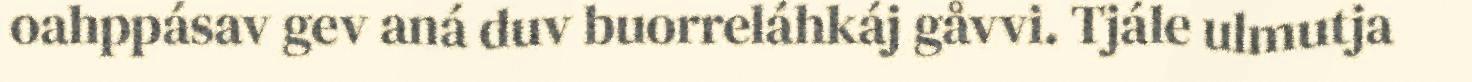
oahppásav gev aná duv buorreláhkáj gåvvi. Tjále ulmutja